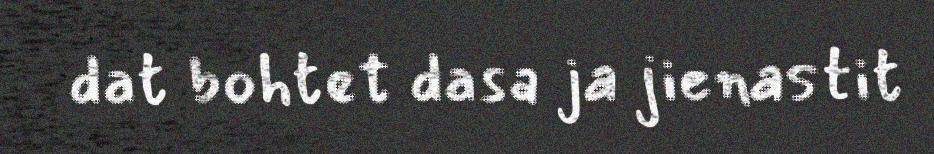
dat bohtet dasa ja jienastit